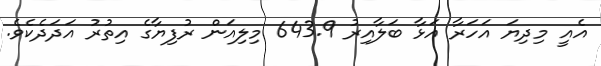
އެއީ މިދިޔަ އަހަރާ އަޅާ ބަލާއިރު 643.9 މިލިއަން ރުފިޔާގެ އިތުރު އަދަދެކެވެ.